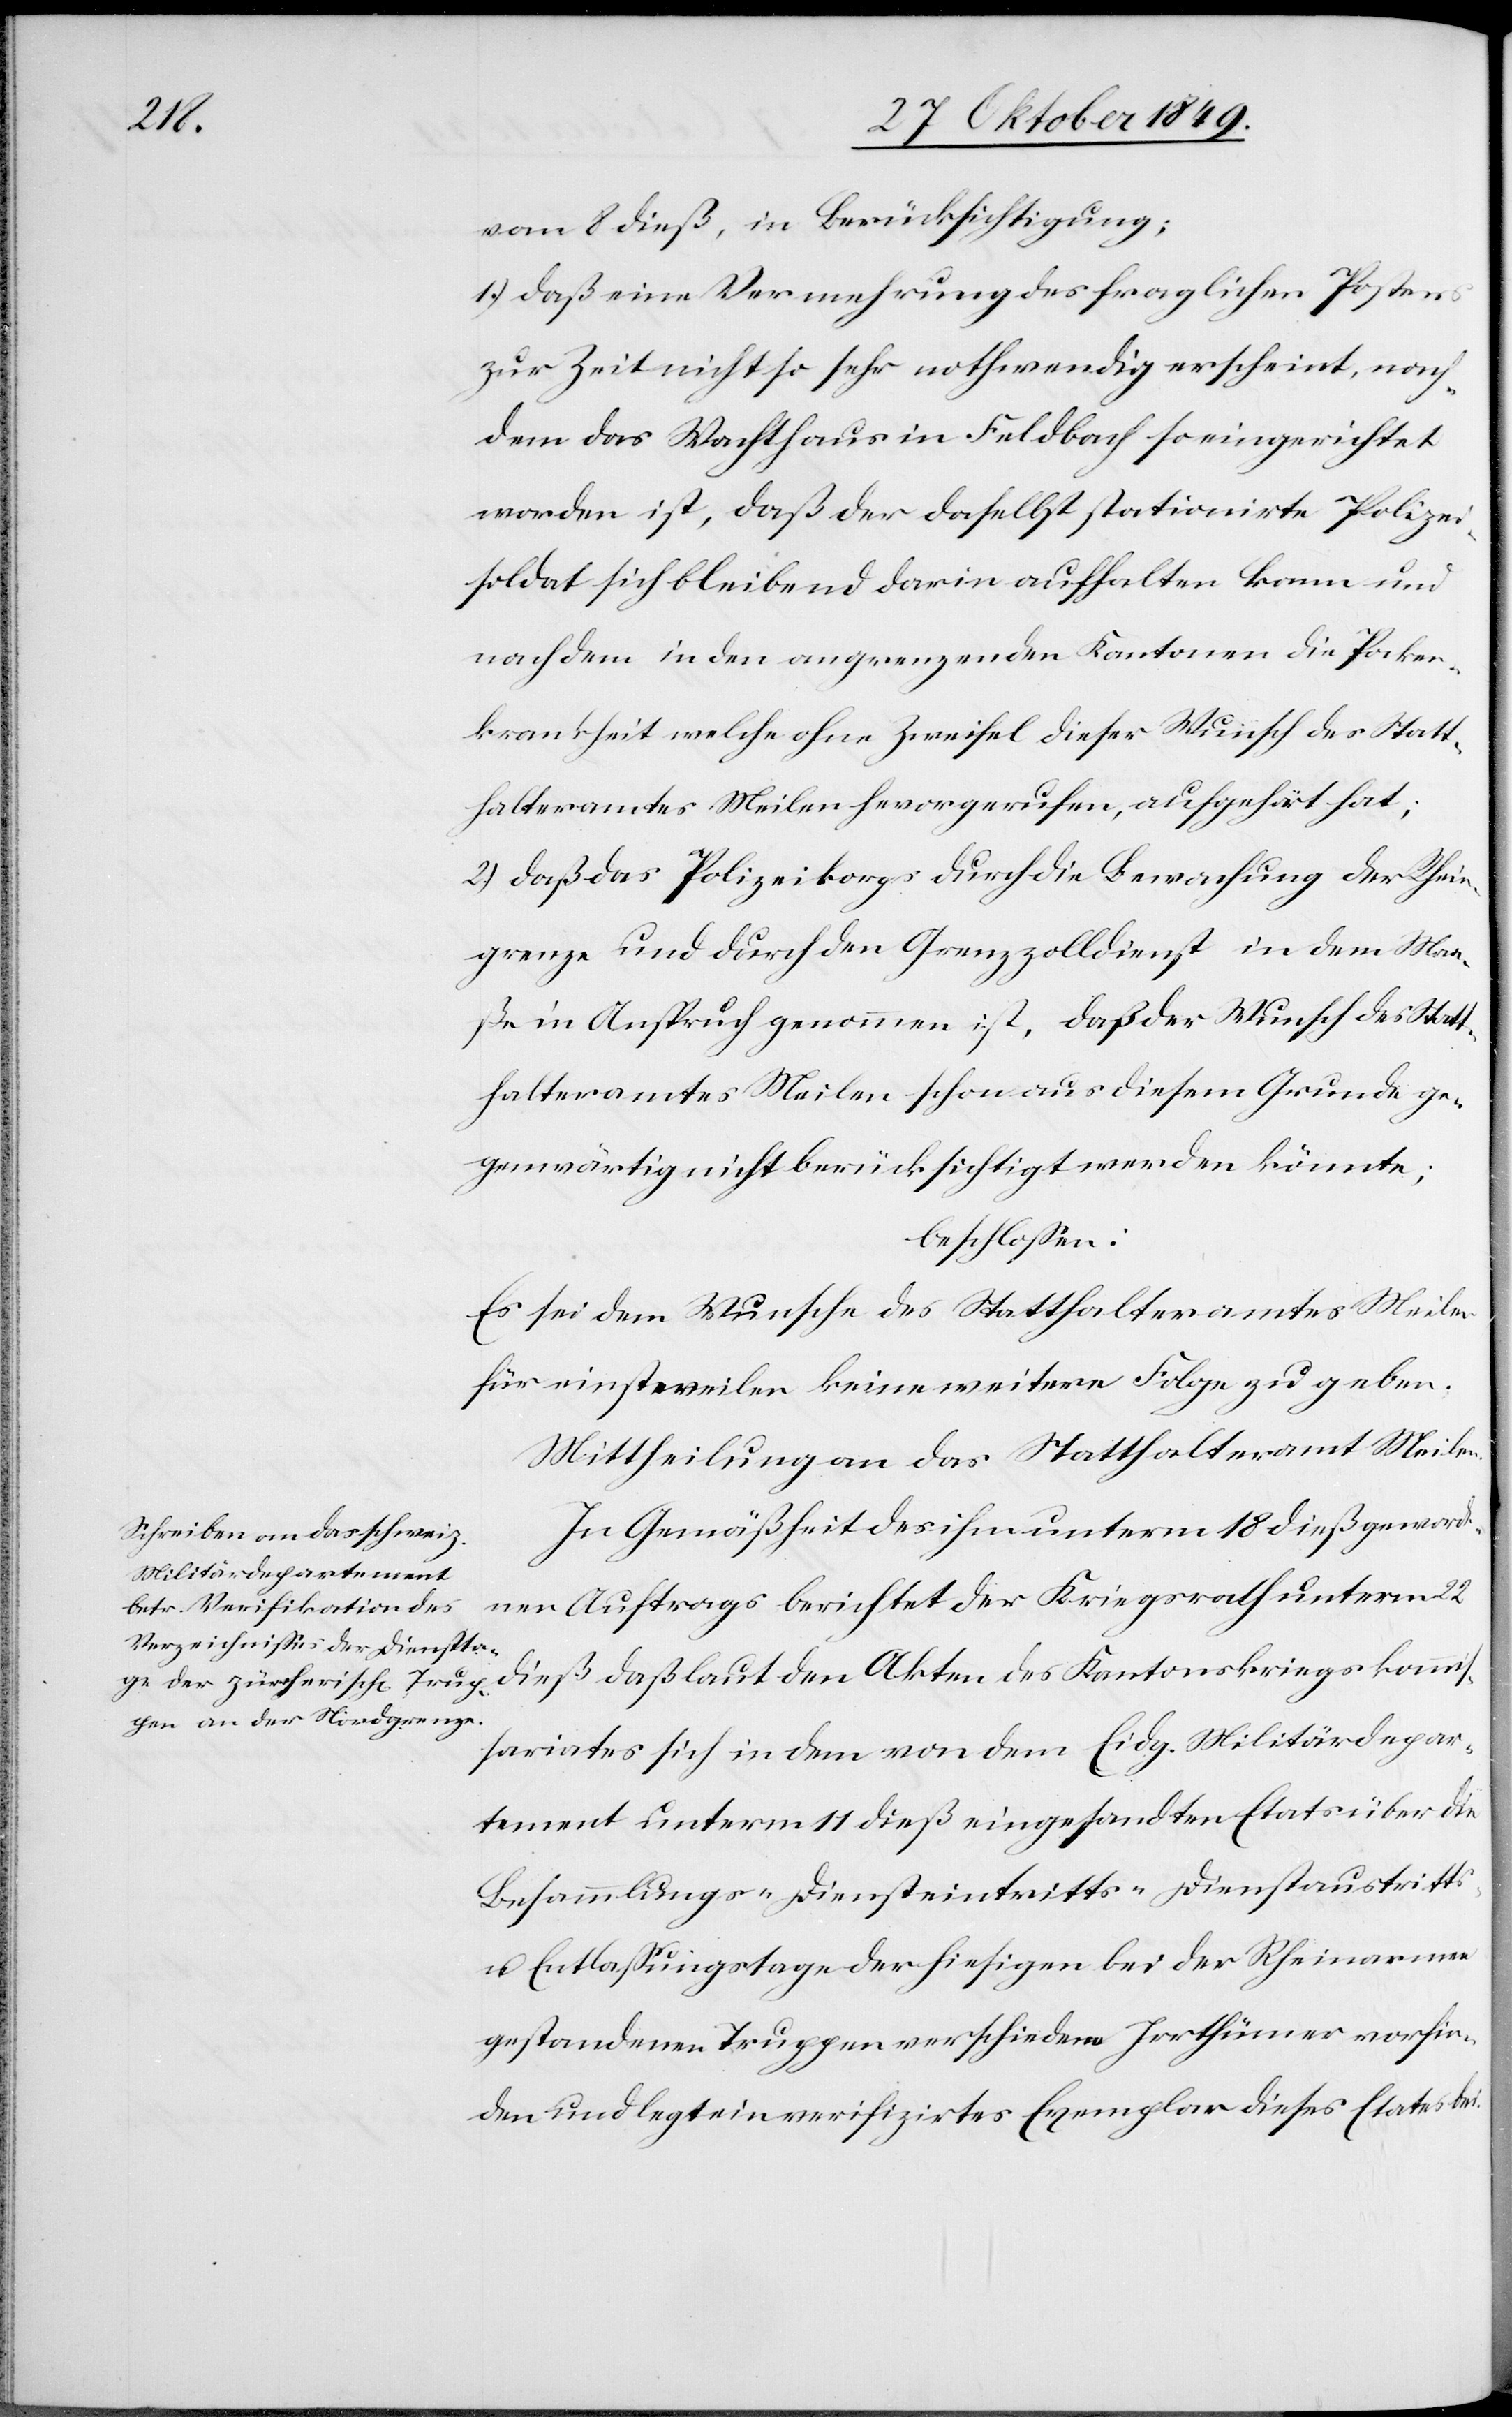
vom 8 dieß, in Berücksichtigung.
1.) daß eine Vermehrung des fraglichen Postens
zur Zeit nicht so sehr nothwendig erscheint, nach¬
dem das Wahlhaus in Feldbach so eingerichtet
worden ist, daß der daselbst stationirte Polizei¬
soldat sich bleibend darin aufhalten kann und
nachdem in den angrenzenden Kantonen die Pocken¬
krankheit welche ohne Zweifel dieser Wunsch das Statt¬
halteramtes Meilen hervorgerufen, aufgeklärt hat;
2.) daß das Polizeikorps durch die Bewachung der Rhein¬
grenze und durch den Grenzzolldienst in dem Maß¬
e in Anspruch genommen ist, daß der Wunsch des Statt¬
halteramtes Meilen schon aus diesem Grunde ge¬
genwärtig nicht berücksichtigt werden könnte;
beschloßen:
Es sei dem Wunsche des Statthalteramtes Meilen
für einstweilen keine weitere Folge zu geben.
In Gemäßheit des ihm unterm 18 dieß geworde¬
nen Auftrags berichtet der Kriegsrath unterm 22
dieß daß laut den Akten des Kantonskriegskommi¬
ßariates sich in dem von dem Eidg. Militärdepar¬
tement unterm 11 dieß eingesandten Etats über die
Besammlungs- u. Diensteintritts- Dienstaustritts-
u. Entlaßungstage der hiesigen bei der Rheinarmee
gestandenen Truppen verschiedene Irrthümer vorfin¬
den und legt ein verifizirtes Exemplar dieses Etates bei.